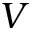
V